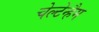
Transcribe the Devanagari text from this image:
चेल्टेन्हैम